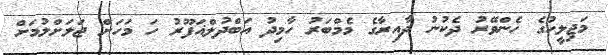
މަޖިލީހުގެ ހެންވޭރު ދެކުނު ދާއިރާގެ މެމްބަރު ހާމިދު އަބްދުލްޣަފޫރު ހަ މަހަށް ޖަލަށްލުމަށް